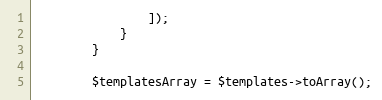
Language: PHP
                ]);
            }
        }

        $templatesArray = $templates->toArray();